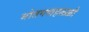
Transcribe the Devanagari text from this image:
मोतगणहळ्ळी